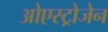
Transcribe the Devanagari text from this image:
ओएस्ट्रोजेन